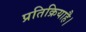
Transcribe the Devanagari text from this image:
प्रतिक्रियाहै।